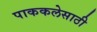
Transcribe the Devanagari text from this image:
पाककलेसाठी